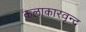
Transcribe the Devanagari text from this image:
कलाकारवृन्द